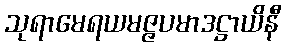
သုရာမေရယမဇ္ဇပမာဒဋ္ဌာယိနီ